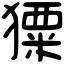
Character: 𤢂